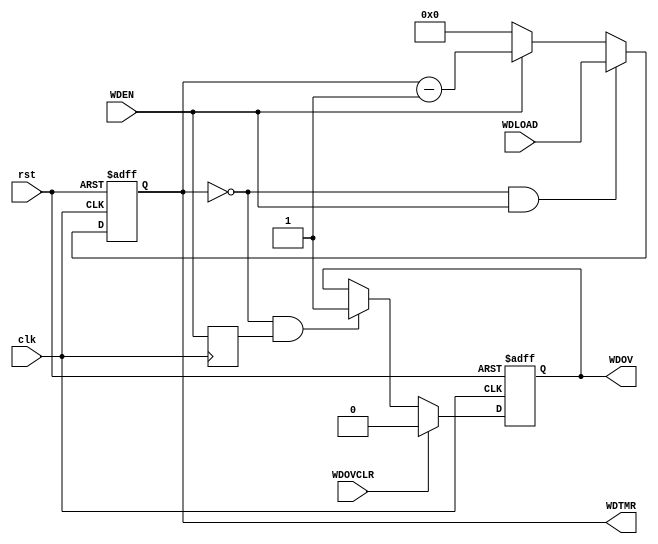
module WDT32 (
		input wire clk,
		input wire rst,
		output reg [31:0] WDTMR,
		input wire [31:0] WDLOAD,
		output reg WDOV,
		input wire WDOVCLR,
		input wire WDEN
);

	wire	wdov = (WDTMR == 32'd0);
	
	// WDTimer
	always @(posedge clk or posedge rst)
	begin
		if(rst)
			WDTMR <= 32'h0;
		else if(wdov & WDEN)
			WDTMR <= WDLOAD;
		else if(WDEN)
			WDTMR <= WDTMR - 32'd1;
		else if(~WDEN)
		  WDTMR <= 32'h0;
	end
	
	reg wden_p;
	always @(posedge clk) 
	  wden_p <= WDEN;

	always @(posedge clk or posedge rst)
	begin
		if(rst)
			WDOV <= 1'd0;
		else if(WDOVCLR)
			WDOV <= 1'd0;
		else if(wdov & wden_p)
			WDOV <= 1'd1;
	end

endmodule